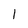
Character: I